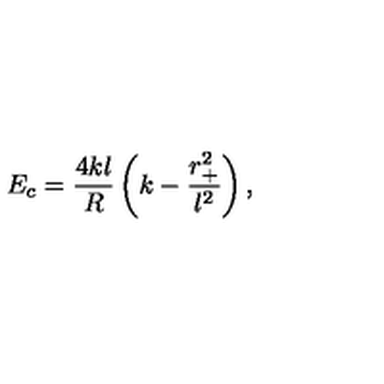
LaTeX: E _ { c } = \frac { 4 k l } { R } \left( k - \frac { r _ { + } ^ { 2 } } { l ^ { 2 } } \right) ,